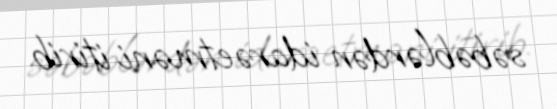
səbəblərdən idarəetməni itirib.